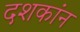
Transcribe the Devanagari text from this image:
दशकांन